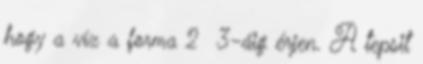
hogy a víz a forma 2 3-áig érjen. A tepsit